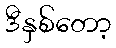
ဒီနှစ်တော့